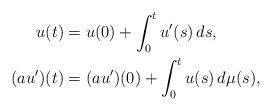
LaTeX: \begin{align*} u(t) & = u(0) + \int_0^t u'(s)\,ds,\\ (au')(t) & = (au')(0) + \int_0^t u(s)\, d\mu(s), \end{align*}